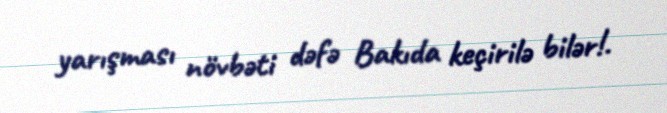
yarışması növbəti dəfə Bakıda keçirilə bilər!.